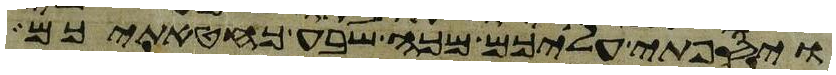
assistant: ויספתי עליכם מכה שבע כחטאתיכם